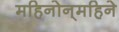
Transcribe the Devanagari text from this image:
महिनोन्‌महिने